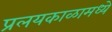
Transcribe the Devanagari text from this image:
प्रलयकाळामध्ये